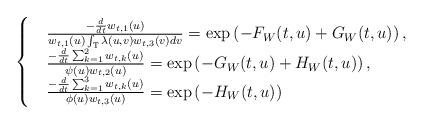
LaTeX: \begin{align*}\begin{cases}&\frac{-\frac{d}{dt}w_{t,1}(u)}{w_{t,1}(u)\int_{\mathbb{T}}\lambda(u,v)w_{t,3}(v)dv}=\exp\left(-F_W(t,u)+G_W(t,u)\right),\\&\frac{-\frac{d}{dt}\sum_{k=1}^2w_{t,k}(u)}{\psi(u)w_{t,2}(u)}=\exp\left(-G_W(t,u)+H_W(t,u)\right),\\&\frac{-\frac{d}{dt}\sum_{k=1}^3w_{t,k}(u)}{\phi(u)w_{t,3}(u)}=\exp\left(-H_W(t,u)\right)\end{cases}\end{align*}